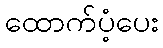
ထောက်ပံ့ပေး